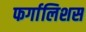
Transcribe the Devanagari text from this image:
फर्गालिशस